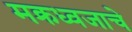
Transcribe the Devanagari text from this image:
मक्रध्वजाचे